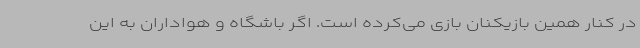
در کنار همین بازیکنان بازی می‌کرده است. اگر باشگاه و هواداران به این